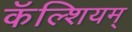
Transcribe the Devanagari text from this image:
कॅल्शियम्